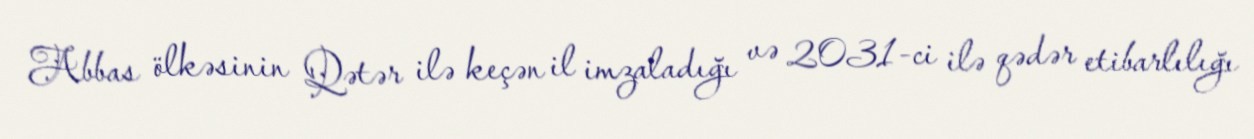
Abbas ölkəsinin Qətər ilə keçən il imzaladığı və 2031-ci ilə qədər etibarlılığı